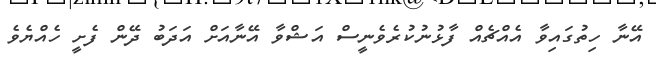
އޭނާ ހިތުގައިވާ އެއްޗެއް ފާޅުނުކުރެވެނީސް އަޝްވާ އޭނާއަށް އަދަބު ދޭން ފެށީ ހެއްޔެވެ